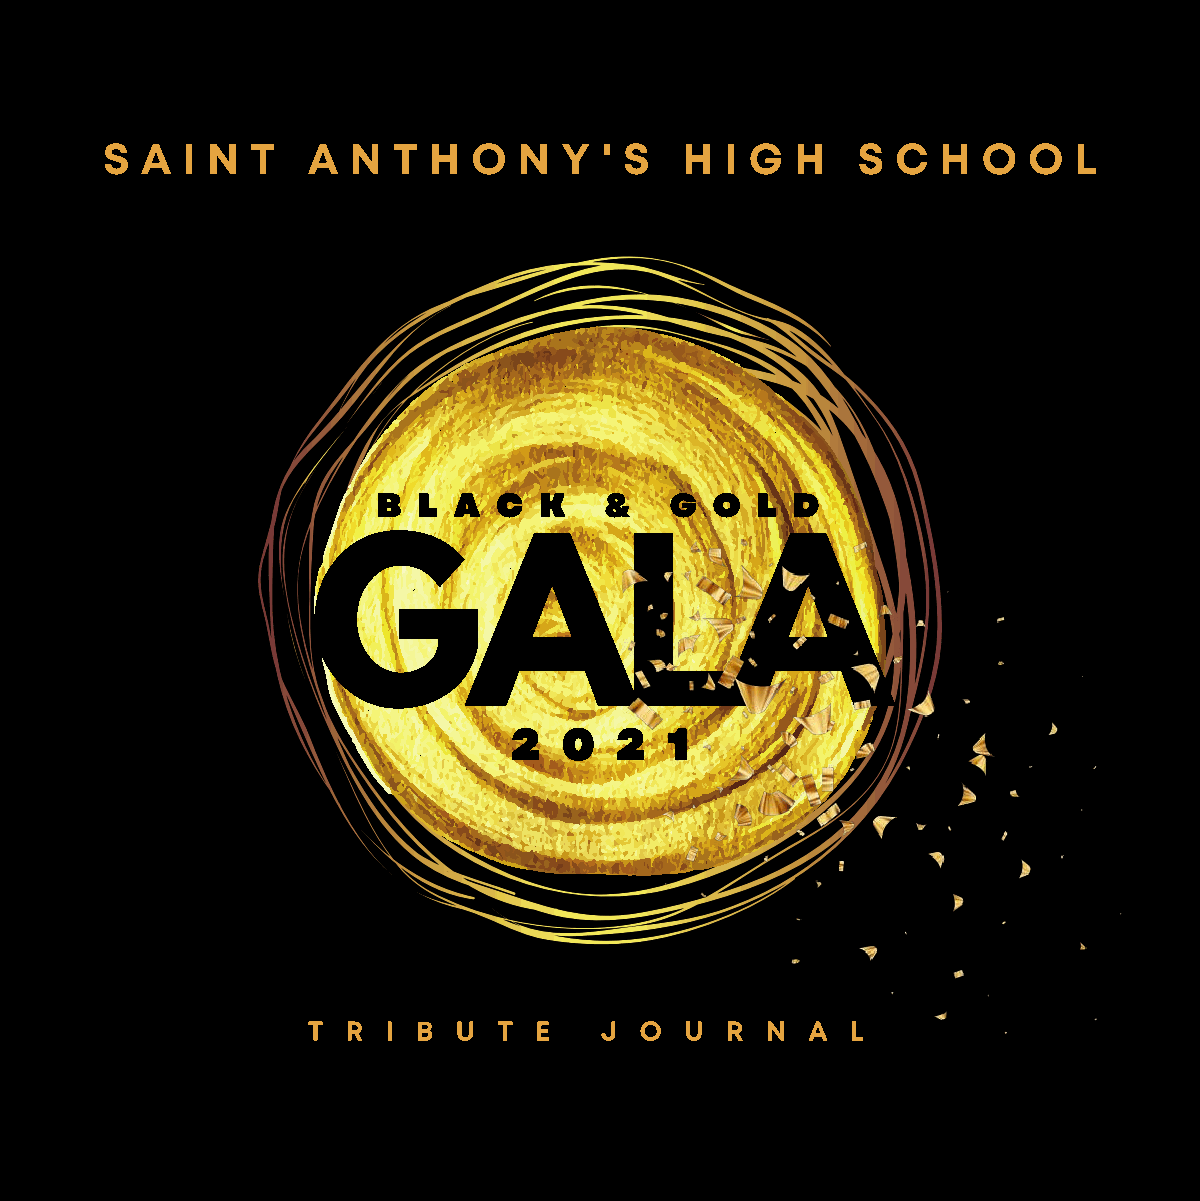
S A  I N  T  A  N  T H  O  N  Y  ' S  H  I G  H   S C  H  O  O  L
 B  L A  C  K   &   G  O  L D
 GALA
 2  0   2  1
 T  R  I B U  T E    J O  U  R  N  A L